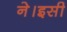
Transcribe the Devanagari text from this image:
ने।इसी